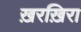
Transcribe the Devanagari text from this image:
ख़रख़िरा